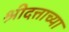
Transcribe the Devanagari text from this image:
श्रीदत्ताच्या